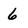
Character: 6